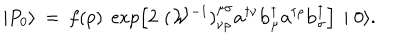
\mid { P } _ { 0 } \rangle \: = \: f ( p ) \; \exp \left[ 2 \, \, { ( { \cal W } ^ { - 1 } ) } _ { \nu \rho } ^ { \mu \sigma } { \mathbf a } ^ { \dagger \nu } { \mathbf b } _ { \mu } ^ { \dagger } { \mathbf a } ^ { \dagger \rho } { \mathbf b } _ { \sigma } ^ { \dagger } \right] \, \mid 0 \rangle .